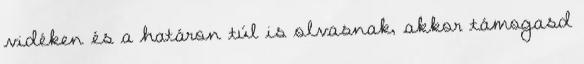
vidéken és a határon túl is olvasnak, akkor támogasd